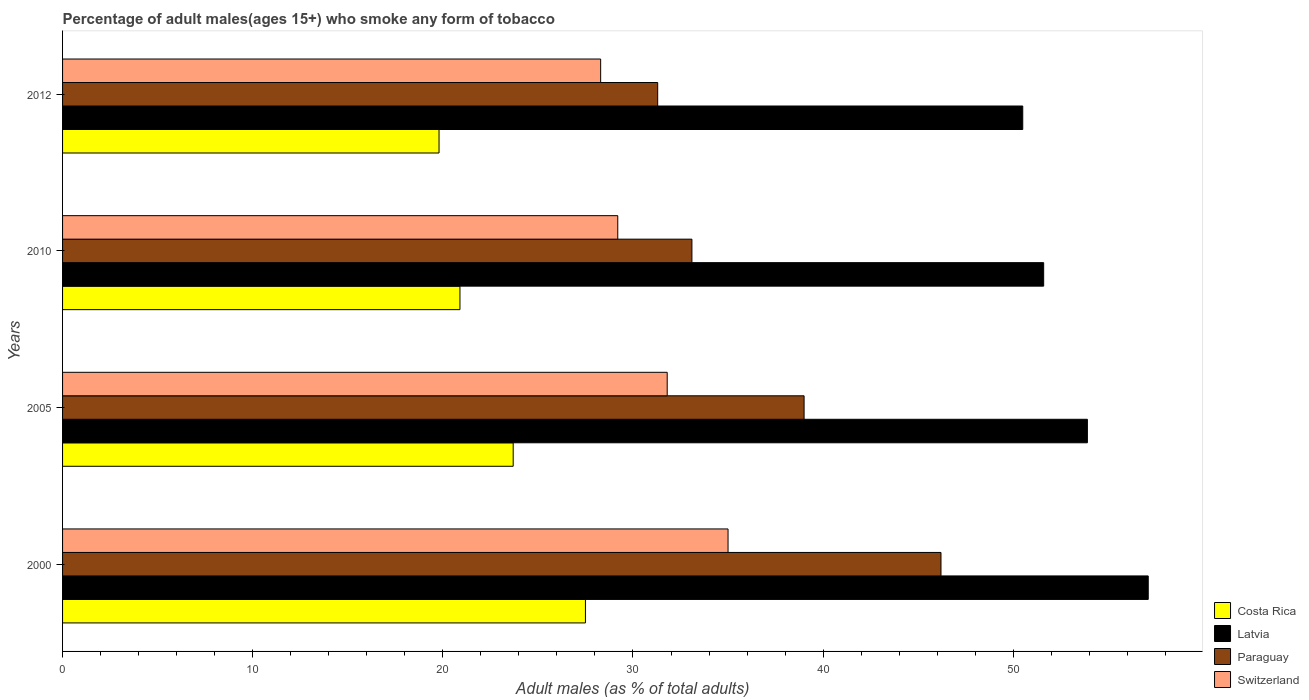
| Years | Costa Rica | Latvia | Paraguay | Switzerland |
 | --- | --- | --- | --- | --- |
 | 2000 | 27.5 | 57.1 | 46.2 | 35 |
 | 2005 | 23.7 | 53.9 | 39 | 31.8 |
 | 2010 | 20.9 | 51.6 | 33.1 | 29.2 |
 | 2012 | 19.8 | 50.5 | 31.3 | 28.3 |